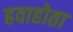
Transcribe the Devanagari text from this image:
हवाहोता